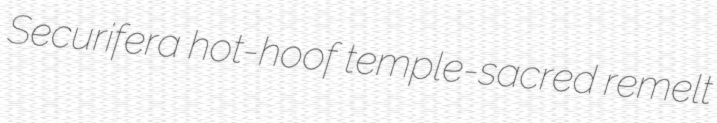
Securifera hot-hoof temple-sacred remelt